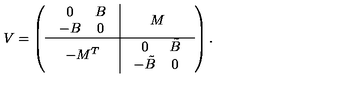
V = \left( \begin{array} { c | c } { \begin{array} { c c } { 0 } & { B } \\ { - B } & { 0 } \\ \end{array} } & { M } \\ \hline { - M ^ { T } } & { \begin{array} { c c } { 0 } & { \tilde { B } } \\ { - \tilde { B } } & { 0 } \\ \end{array} } \\ \end{array} \right) .